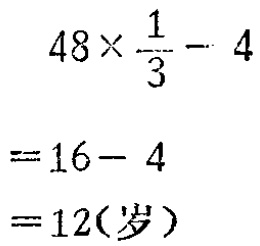
\[

\begin{align*}

&48\times\frac{1}{3}-4\\

=&16 - 4\\

=&12(\text{岁})

\end{align*}

\]